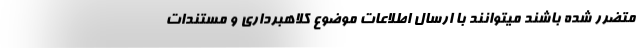
متضرر شده باشند میتوانند با ارسال اطلاعات موضوع کلاهبرداری و مستندات